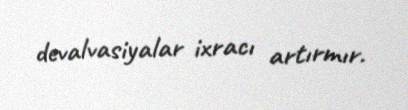
devalvasiyalar ixracı artırmır.